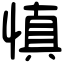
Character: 慎